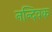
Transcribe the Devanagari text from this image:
नन्दिवक